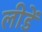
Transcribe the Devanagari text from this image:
लीडें